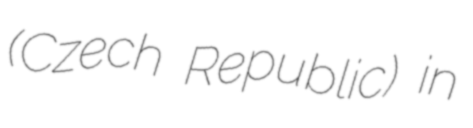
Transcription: (Czech Republic) in